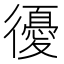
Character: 𢖒